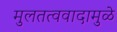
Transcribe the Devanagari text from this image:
मुलतत्ववादामुळे